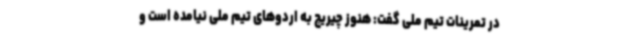
در تمرینات تیم ملی گفت: هنوز چیریچ به اردوهای تیم ملی نیامده است و